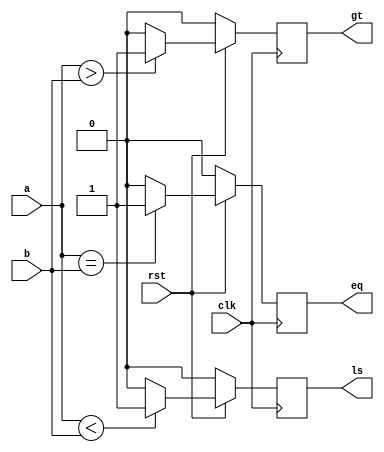
module comparator(a, b, clk, rst, gt, ls, eq);
	input a, b, clk, rst;
	output reg gt, ls, eq;
	
	always @ (posedge clk)
		begin
			if(!rst)
				begin
					gt <= 0;
					ls <= 0;
					eq <= 0;
				end
			else 
				begin
					gt <= (a > b) ? 1 : 0;
					ls <= (a < b) ? 1 : 0;
					eq <= (a == b ) ? 1 : 0;
				end
		end
endmodule